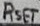
Text: RSET